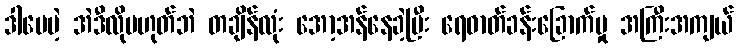
ဒါပေမဲ့ အဲဒီလိုမဟုတ်ဘဲ တချိန်လုံး အော့အန်နေခဲ့ပြီး ရေဓာတ်ခန်းခြောက်မှု အကြီးအကျယ်